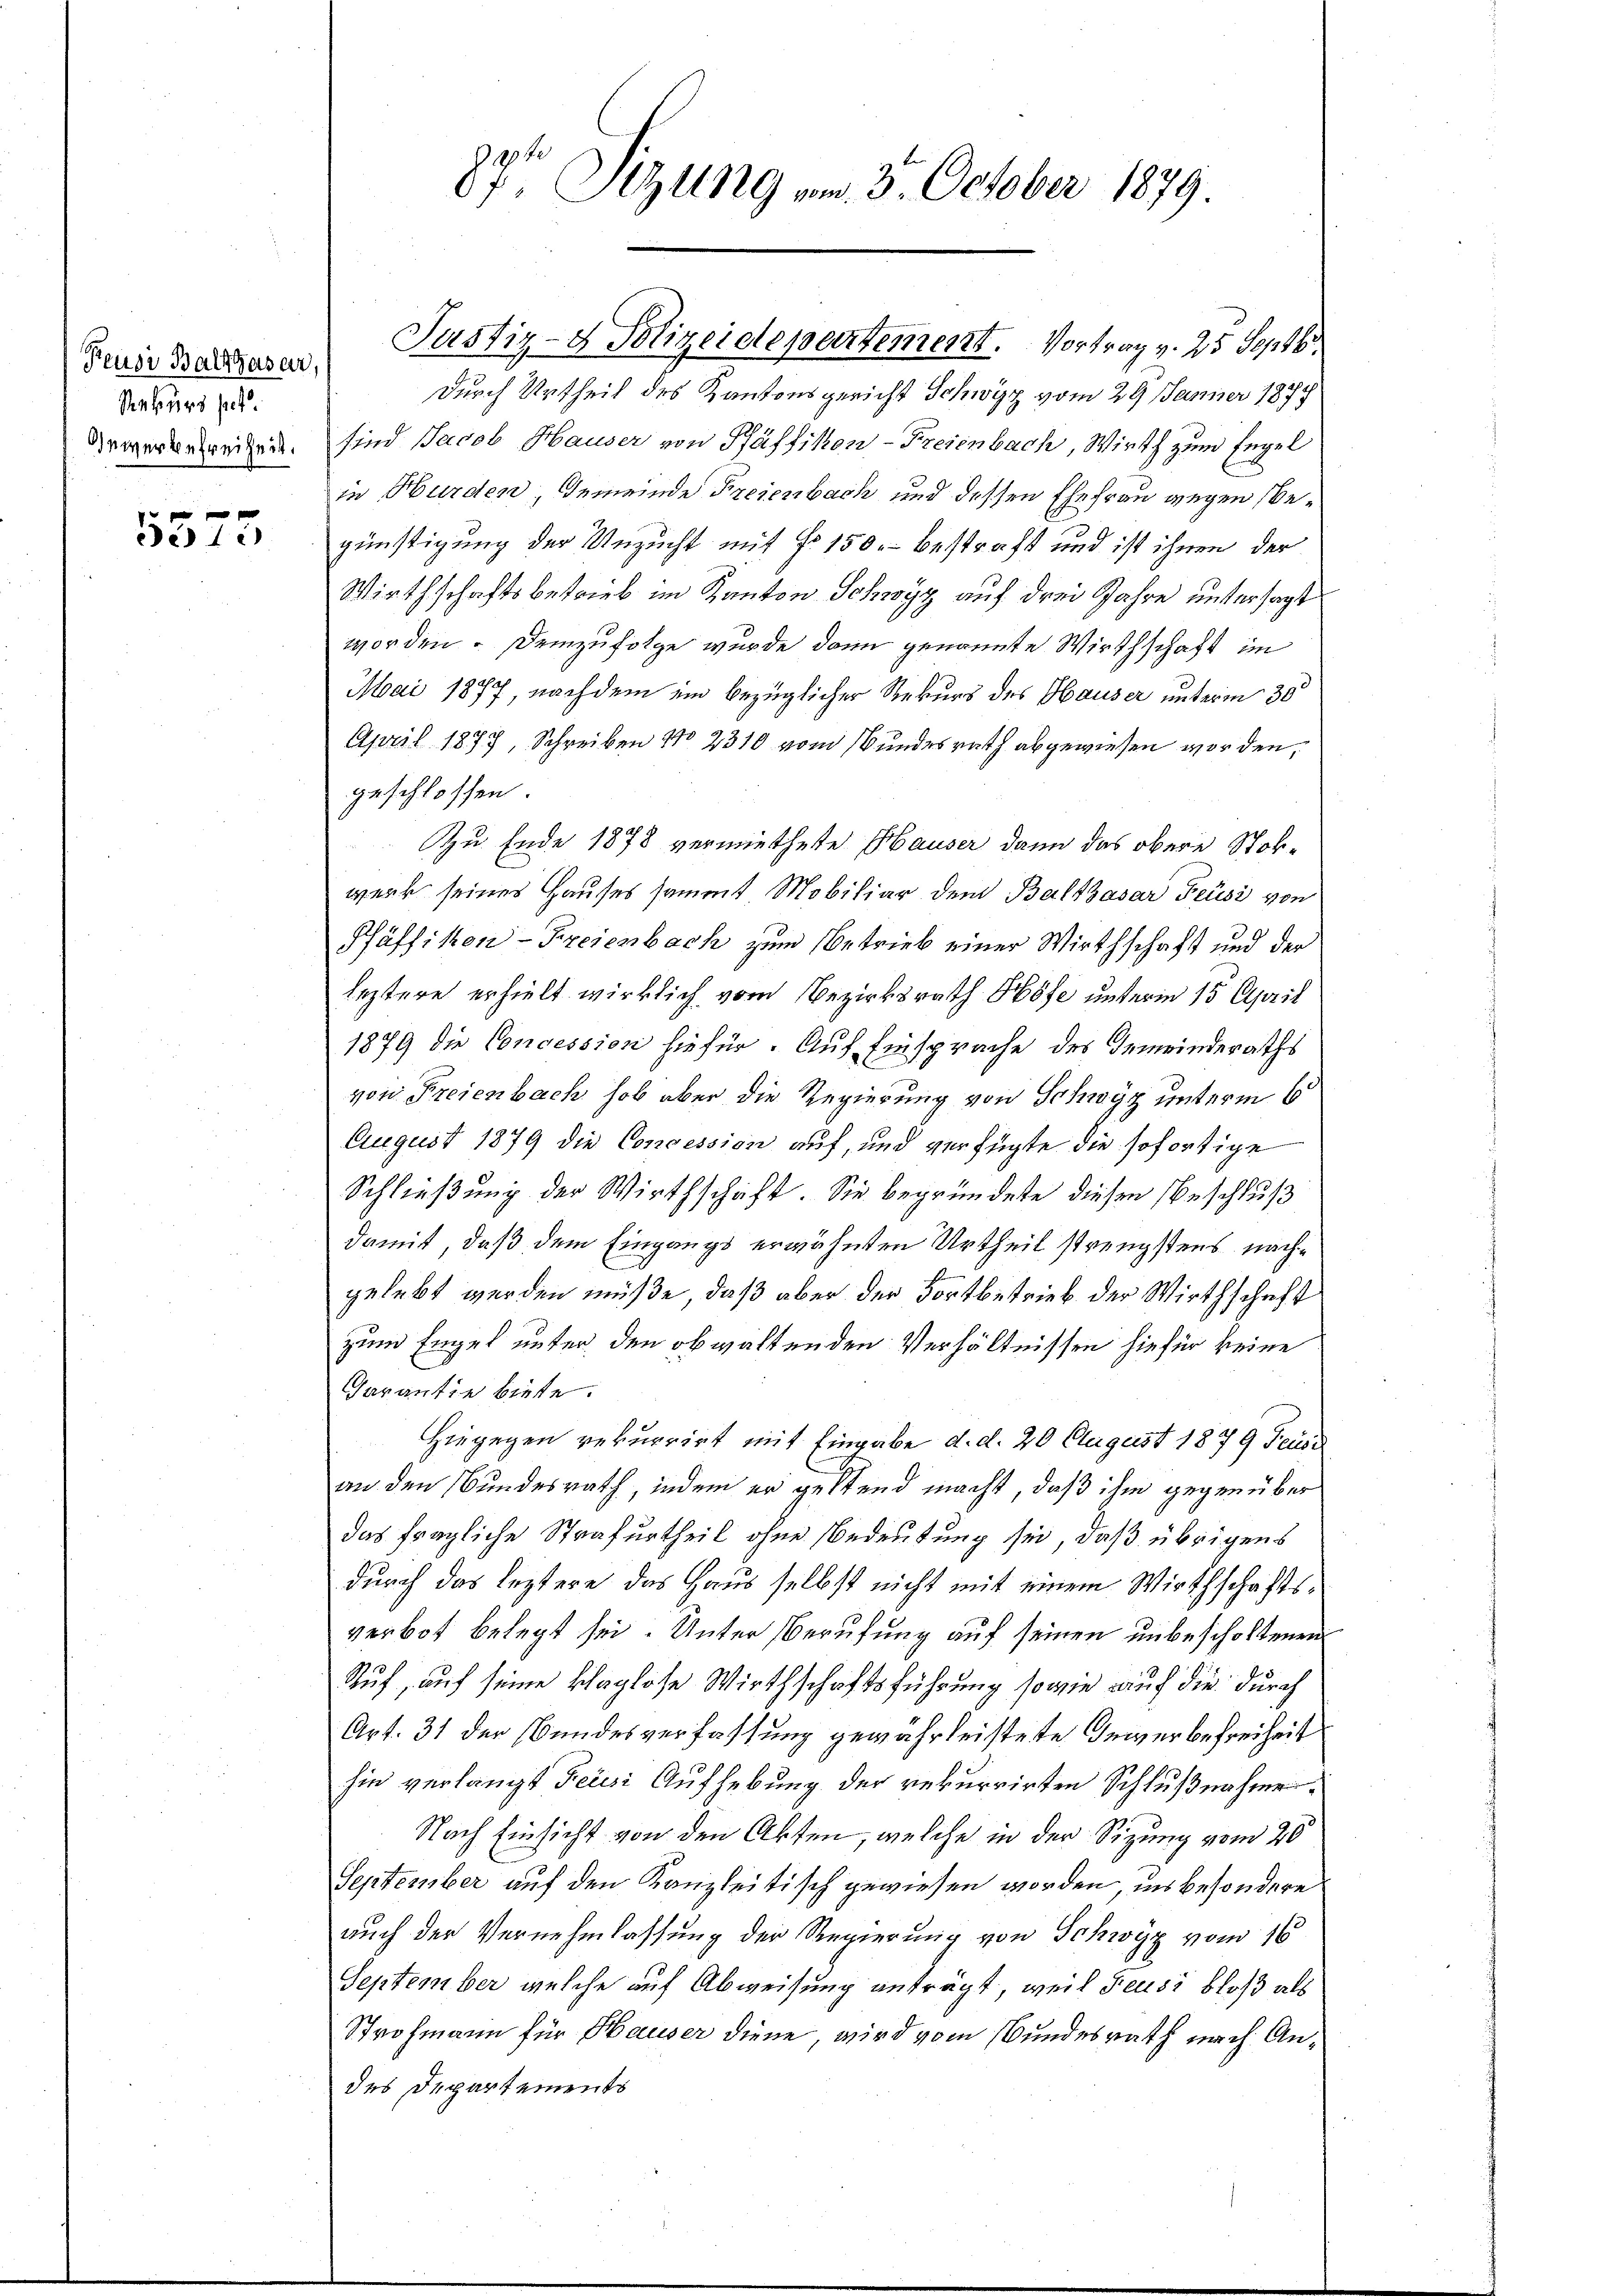
Reusi Balthasar,
Rekurs set
Gewerbefreiheit.

f x
e 1.)

87t Sitzung vom 3. October 1879

Durch Urtheil des Kantonsgericht Schwyz vom 29 Jänner 1874
sind Jacob Hauser von Pfäffikon-Freienbach, Wirth zum Engel
in Hurden, Gemeinde Freienbach und dessen Ehefrau gegen begünstigung der Unzucht mit No 150.- bestraft und ist ihnen der
Wirthschaftsbetrieb im Kanton Schwyz auf drei Jahre untersagt
worden. Demzufolge wurde dann genannte Wirthschaft im
Mai 1897 nachdem im bezüglicher Rekurs des Hauser unterm 30
April 1877, Schreiben No 2310 vom Bundesrath abgewiesen worden,
geschlossen:
Zu Ende 1878 vermiethete Hauser dann das obere Stokwerk seines Hauses sammt Mobiliar dem Balthasar Feusi von
Pfäffikon-Freienbach zum Betrieb einer Wirthschaft und der
leztere erhielt wirklich vom Bezirksrath Höfe unterm 15. April
1879 die Concession hiefür. Auf Einsprache des Gemeinderaths
von Freienbach hob aber die Regierung von Schwyz unterm 6
August 1879 die Concession auf, und verfügte die sofortige
Schließung der Wirthschaft. Sie begründete diesen Beschluß
damit, daß dem Eingangs erwähnten Urtheil strengstens nachgelebt werden müße, daß aber der Fortbetrieb der Wirthschaft
zum Engel unter den obwaltenden Verhältnissen hiefür keine
Garantie biete.
Hiegegen rekurrirt mit Eingabe d. d. 20 August 1879 Feuse
an den Bundesrath, indem er geltend macht, daß ihm gegenüber
das fragliche Strafurtheil ohne Bedeutung sei, daß übrigens
durch das leztere das Haus selbst nicht mit einem Wirthschaftsverbot belegt sei. Unter Berufung auf seinen unbescholtenen
Ruf, auf seine klaglose Wirthschaftsführung sowie auf die durch
Art. 31 der Bundesverfassung gewährleistete Gewerbefreiheit
hin verlangt Feusi Aufhebung der rekurrirten Schlußnahme
Nach Einsicht von den Akten, welche in der Sitzung vom 20
September auf den Kanzleitisch gewiesen worden, in besondere
auch der Vernehmlassung der Regierung von Schwyz vom 16.
September welche auf Abweisung anträgt, weil Feusi bloß als
Strohmann für Hauser diene wird vom Bundesrath nach Andes Departements

Justiz- & Polizeidtepertement. Vortrag v. 25 Septb.